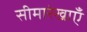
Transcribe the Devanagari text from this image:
सीमारेखाएँ